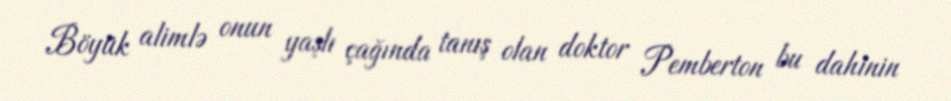
Böyük alimlə onun yaşlı çağında tanış olan doktor Pemberton bu dahinin